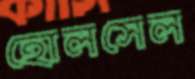
হোলসেল